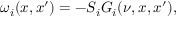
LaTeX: \omega _ { i } ( x , x ^ { \prime } ) = - S _ { i } G _ { i } ( \nu , x , x ^ { \prime } ) ,